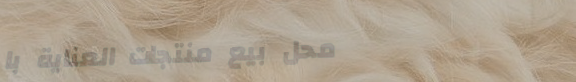
محل بيع منتجات العناية با